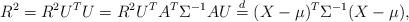
LaTeX: \begin{align*}R^2=R^2 U^TU=R^2 U^T A^T \Sigma^{-1} A U\stackrel{d}{=}(X-\mu)^T \Sigma^{-1} (X-\mu) ,\end{align*}